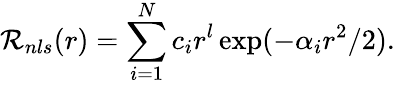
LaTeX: \mathcal{R}_{nls}(r)=\sum_{i=1}^{N}c_{i}r^{l}\exp(-\alpha_{i}r^{2}/2).